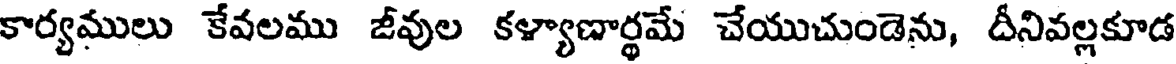
కార్యములు కేవలము జీవుల కళ్యాబార్థమే చేయుచుండెను, దీనివల్లకూడ